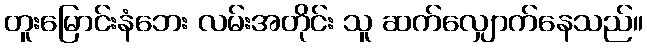
တူးမြောင်းနံဘေး လမ်းအတိုင်း သူ ဆက်လျှောက်နေသည်။